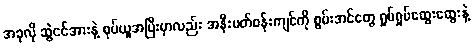
အခုလို ဆွဲငင်အားနဲ့ စုပ်ယူအပြီးမှာလည်း အနီးပတ်ဝန်းကျင်ကို စွမ်းအင်တွေ ရှုပ်ရှုပ်ထွေးထွေးနဲ့